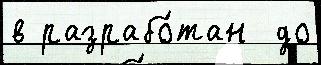
в разрабо́тан  до